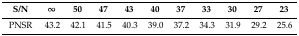
<table><thead><tr><td><b>S/N</b></td><td><b>∞</b></td><td><b>50</b></td><td><b>47</b></td><td><b>43</b></td><td><b>40</b></td><td><b>37</b></td><td><b>33</b></td><td><b>30</b></td><td><b>27</b></td><td><b>23</b></td></tr></thead><tbody><tr><td>PNSR</td><td>43.2</td><td>42.1</td><td>41.5</td><td>40.3</td><td>39.0</td><td>37.2</td><td>34.3</td><td>31.9</td><td>29.2</td><td>25.6</td></tr></tbody></table>